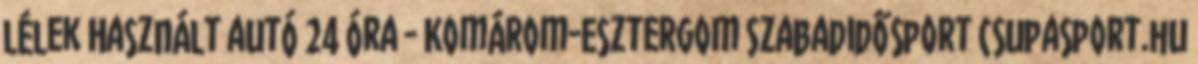
lélek Használt autó 24 Óra - Komárom-Esztergom Szabadidősport Csupasport.hu